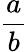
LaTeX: \frac{a}{b}